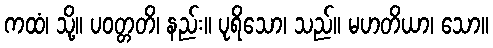
ကထံ၊ သို့။ ပဝတ္တတိ၊ နည်း။ ပုရိသော၊ သည်။ မဟတိယာ၊ သော။